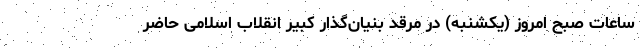
ساعات صبح امروز (یکشنبه) در مرقد بنیان‌گذار کبیر انقلاب اسلامی حاضر